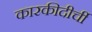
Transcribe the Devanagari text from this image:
कारकीदीर्ची